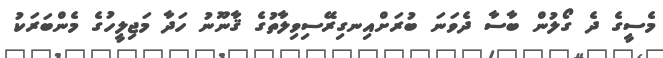
މެސީގެ ދެ ގޯލުން ބާސާ ދެވަނަ ބުރަށްއިނގިރޭސިވިލާތުގެ ޤާނޫނު ހަދާ މަޖިލީހުގެ މެންބަރަކު